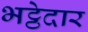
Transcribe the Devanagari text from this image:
भट्ठेदार